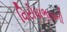
વિરોધાભાસની